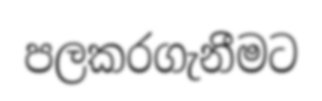
පලකරගැනීමට